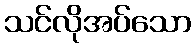
သင်လိုအပ်သော